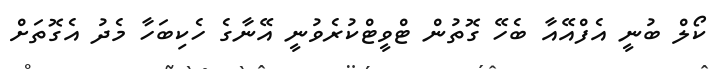
ކޯލް ބުނީ އެފްއޭއާ ބެހޭ ގޮތުން ޓްވީޓްކުރެވުނީ އޭނާގެ ހެކިބަހާ މެދު އެގޮތަށް